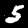
Digit: 5